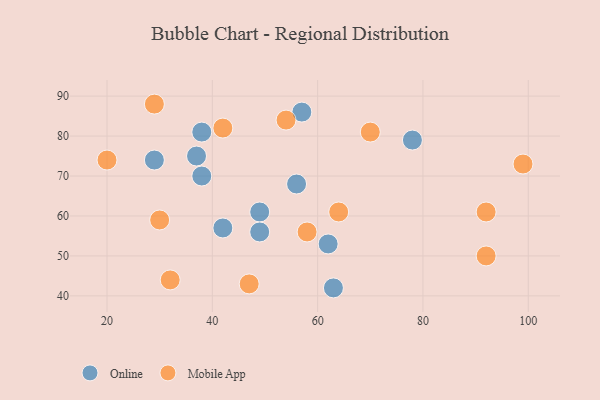
{"axis": {"x": "GDP", "y": "Life Expectancy"}, "legend": ["Mobile App", "Online"], "data": [{"x": "49", "y": 61, "type": "Online"}, {"x": "49", "y": 56, "type": "Online"}, {"x": "42", "y": 57, "type": "Online"}, {"x": "63", "y": 42, "type": "Online"}, {"x": "29", "y": 74, "type": "Online"}, {"x": "78", "y": 79, "type": "Online"}, {"x": "62", "y": 53, "type": "Online"}, {"x": "38", "y": 70, "type": "Online"}, {"x": "57", "y": 86, "type": "Online"}, {"x": "37", "y": 75, "type": "Online"}, {"x": "56", "y": 68, "type": "Online"}, {"x": "38", "y": 81, "type": "Online"}, {"x": "42", "y": 82, "type": "Mobile App"}, {"x": "20", "y": 74, "type": "Mobile App"}, {"x": "30", "y": 59, "type": "Mobile App"}, {"x": "64", "y": 61, "type": "Mobile App"}, {"x": "47", "y": 43, "type": "Mobile App"}, {"x": "70", "y": 81, "type": "Mobile App"}, {"x": "99", "y": 73, "type": "Mobile App"}, {"x": "54", "y": 84, "type": "Mobile App"}, {"x": "92", "y": 61, "type": "Mobile App"}, {"x": "29", "y": 88, "type": "Mobile App"}, {"x": "92", "y": 50, "type": "Mobile App"}, {"x": "58", "y": 56, "type": "Mobile App"}, {"x": "32", "y": 44, "type": "Mobile App"}]}